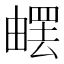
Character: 𤳄